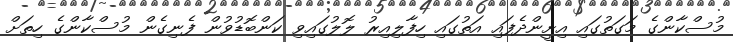
މުސްކާންގެ މަގަތުގައި އިށީންދެފައި އަތުގައި ހިފާލިއިރު ލޮލުގައިވި ކަންބޮޑުވުން ފެނިގެން މުސްކާންގެ ހިތަށް